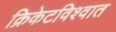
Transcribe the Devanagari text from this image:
क्रिकेटविश्वात